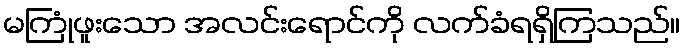
မကြုံဖူးသော အလင်းရောင်ကို လက်ခံရရှိကြသည်။